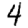
Digit: 4